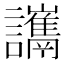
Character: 𧮋